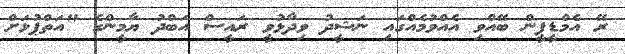
ރޭ އެމްޑީޕީން ބޭއްވި އެއްވުމެއްގައި ނަޝީދު ވިދާޅުވީ ރައީސް އަބްދު ޔާމީންގެ "އަތްޕުޅަށް